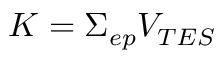
K = \Sigma _ { e p } V _ { T E S }